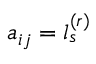
a _ { i j } = l _ { s } ^ { ( r ) }